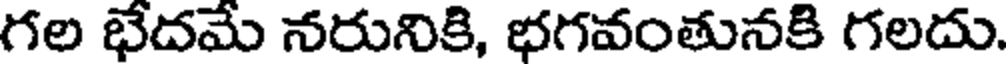
గల భేదమే నరునికి, భగవంతునకి గలదు.